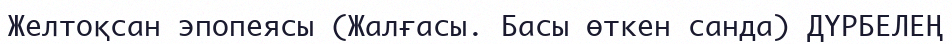
Желтоқсан эпопеясы (Жалғасы. Басы өткен санда) ДҮРБЕЛЕҢ